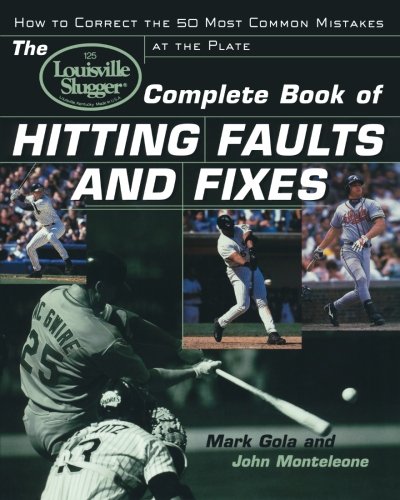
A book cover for The Louisville SluggerÂ® Complete Book of Hitting Faults and Fixes : How to Detect and Correct the 50 Most Common Mistakes at the Plate; John Monteleone; Sports & Outdoors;